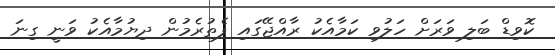
ކޮވިޑް ބަލި ވަރަށް ހަލުވި ކަމާއެކު ރާއްޖޭގައި ފެތުރެމުން ދިޔުމާއެކު ވަނީ ގިނަ